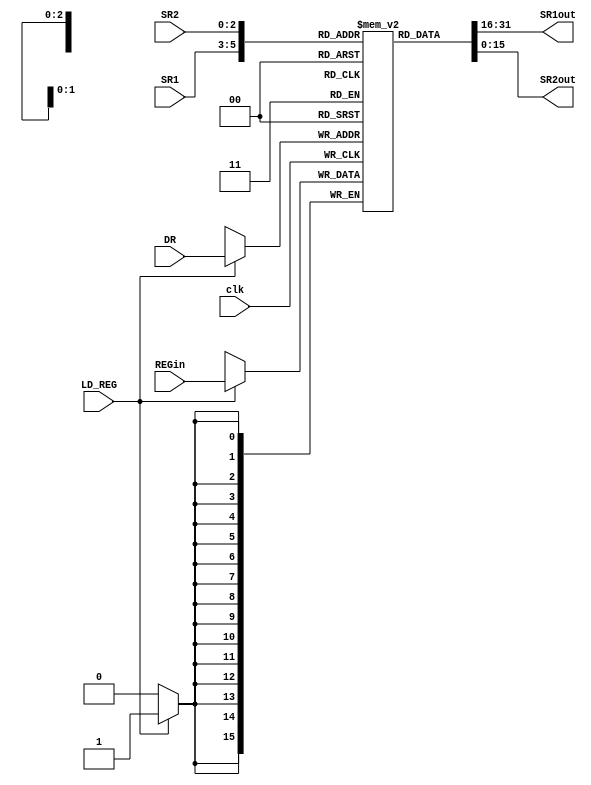
`timescale 1ns / 1ps
//////////////////////////////////////////////////////////////////////////////////
// Company: 
// Engineer: 
// 
// Design Name: 
// Module Name:    LC3_REGFILE 
// Project Name: 
// Target Devices: 
// Tool versions: 
// Description: 
//
// Dependencies: 
//
// Revision: 
// Revision 0.01 - File Created
// Additional Comments: 
//
//////////////////////////////////////////////////////////////////////////////////
module LC3_REGFILE(
		input						clk,
		input			[15:0]	REGin,
		input			[2:0]		DR,
		input						LD_REG,
		input		[2:0]		SR1,
		input			[2:0]		SR2,
		output		[15:0]	SR1out,
		output		[15:0]	SR2out
    );
	/*internal regs R0~R7*/
	reg	[15:0]		R[7:0];
	
	/*Sequential logic*/
	always@(posedge clk) begin
		if (LD_REG)
			R[DR]<=REGin;
	end
	
	/*Combinational logic*/
	assign	SR1out=R[SR1];
	assign	SR2out=R[SR2];
	


endmodule